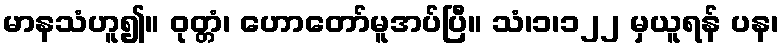
မာနသံဟူ၍။ ဝုတ္တံ၊ ဟောတော်မူအပ်ပြီ။ သံ၊၁၊၁၂၂ မှယူရန် ပန၊